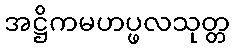
အဋ္ဌိကမဟပ္ဖလသုတ္တ